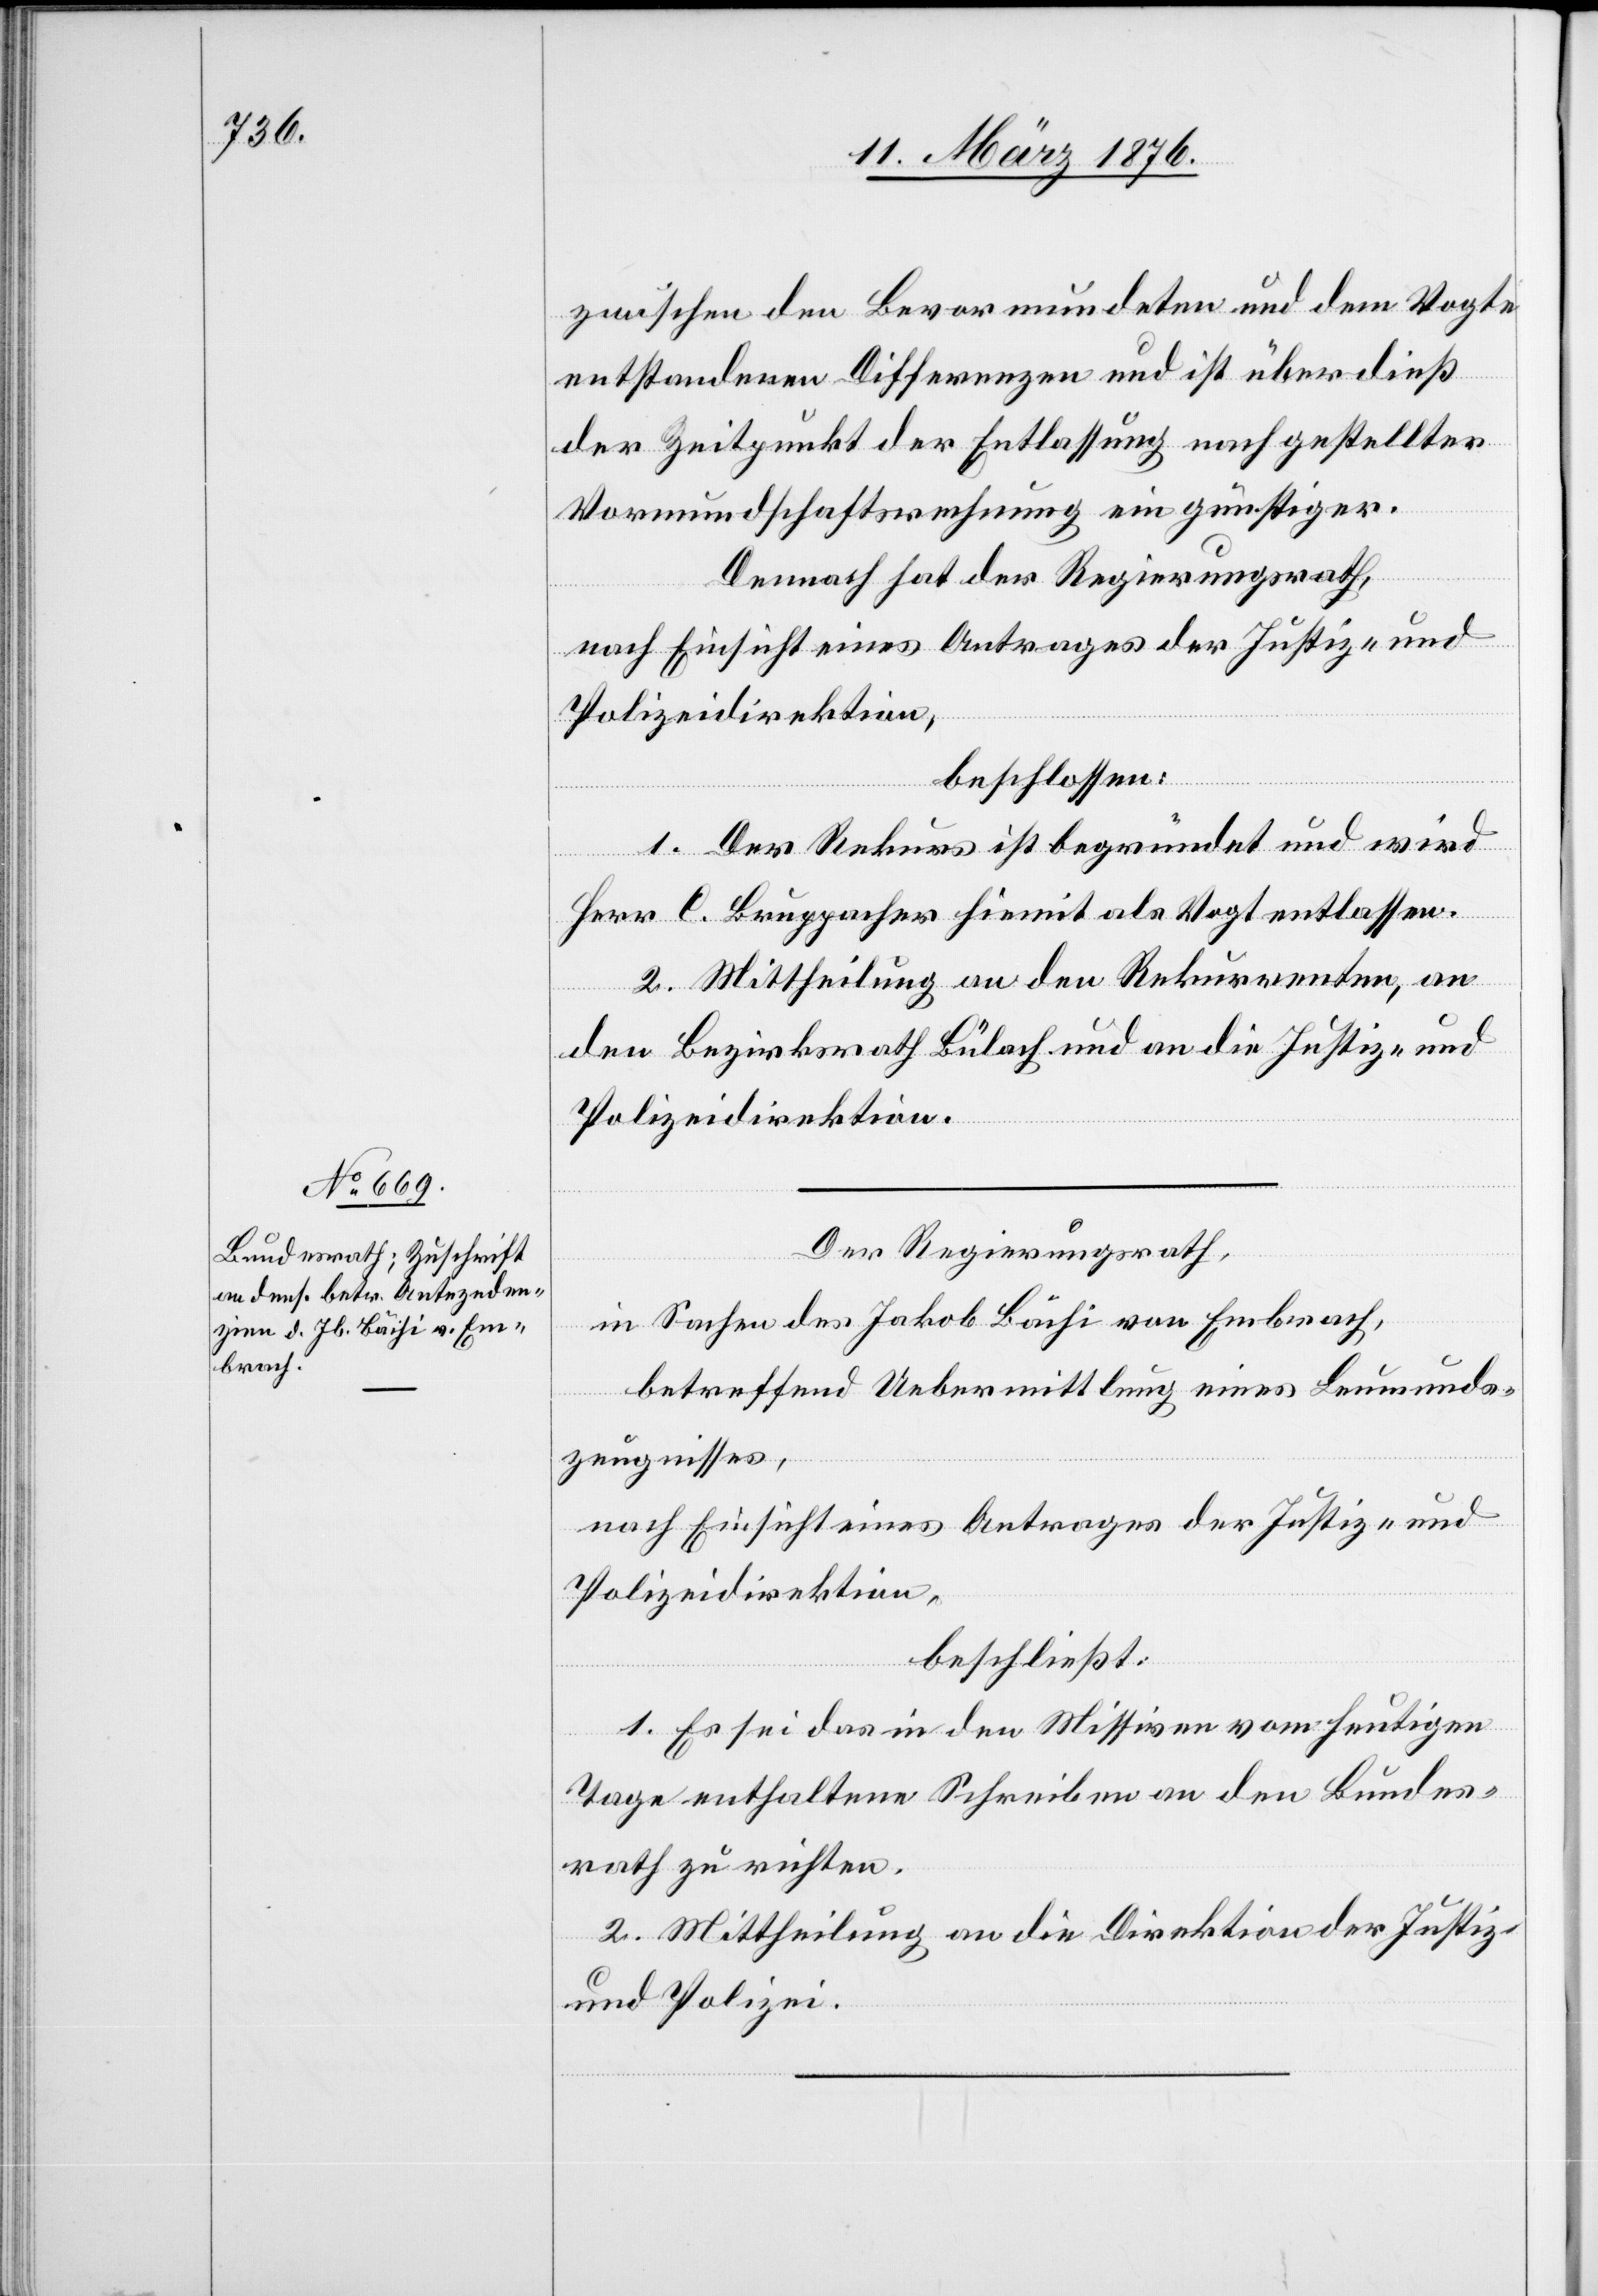
zwischen den Bevormundeten und dem Vogt
entstandenen Differenzen und ist überdieß
der Zeitpunkt der Entlassung nach gestellter
Vormundschaftsrechnung ein günstiger.
Demnach hat der Regierungsrath,
nach Einsicht eines Antrages der Justiz- und
Polizeidirektion,
beschlossen:
1. Der Rekurs ist begründet und wird
Herr C. Bruppacher hiemit als Vogt entlassen.
2. Mittheilung an den Rekurrenten, an
den Bezirksrath Bülach und an die Justiz- und
Polizeidirektion.
Der Regierungsrath,
in Sachen des Jakob Bächi von Embrach,
betreffend Uebermittlung eines Leumunds¬
zeugnisses,
beschließt:
1. Es sei das in den Missiven vom heutigen
Tage enthaltene Schreiben an den Bundes¬
rath zu richten.
2. Mittheilung an die Direktion der Justiz
und Polizei.